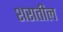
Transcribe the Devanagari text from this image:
शरातील